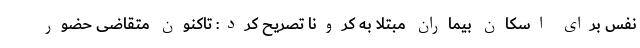
نفس برای اسکان بیماران مبتلا به کرونا تصریح کرد: تاکنون متقاضی حضور